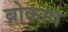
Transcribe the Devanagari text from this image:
ब्रोकाव